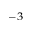
^ { - 3 }